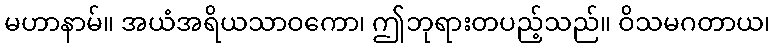
မဟာနာမ်။ အယံအရိယသာဝကော၊ ဤဘုရားတပည့်သည်။ ဝိသမဂတာယ၊